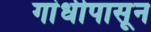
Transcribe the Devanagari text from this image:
गांधीपासून